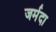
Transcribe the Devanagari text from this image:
जर्मदा